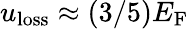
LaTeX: u_{\mathrm{loss}}\approx(3/5)E_{\mathrm{F}}